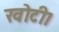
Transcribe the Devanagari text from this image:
खोटी।